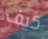
كيف